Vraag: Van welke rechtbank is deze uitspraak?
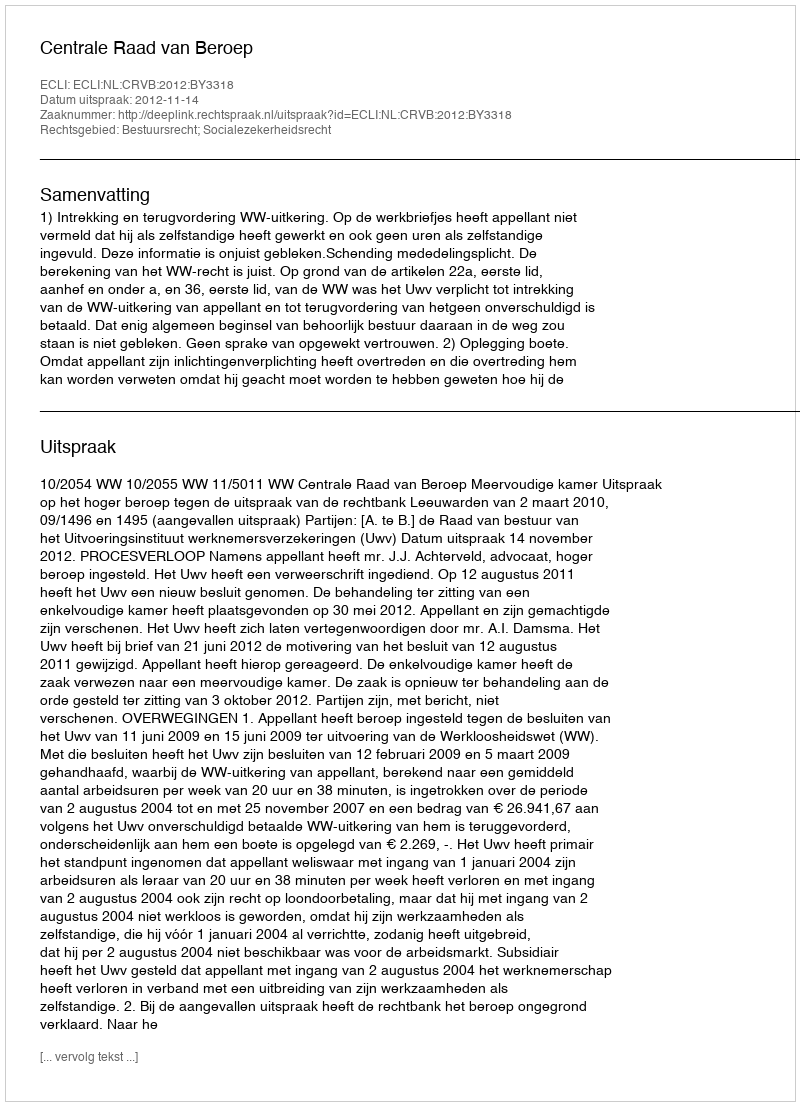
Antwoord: Centrale Raad van Beroep